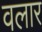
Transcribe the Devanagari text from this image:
वलार